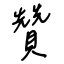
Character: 贊